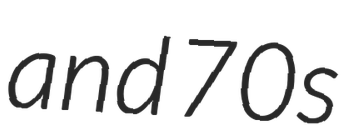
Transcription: and 70s